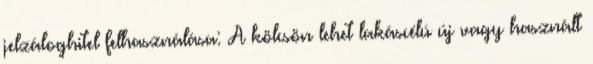
jelzáloghitel felhasználása: A kölcsön lehet lakáscélú új vagy használt